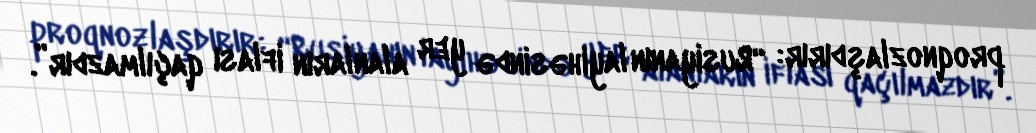
proqnozlaşdırır: “Rusiyanın layihəsində yer alanların iflası qaçılmazdır”.